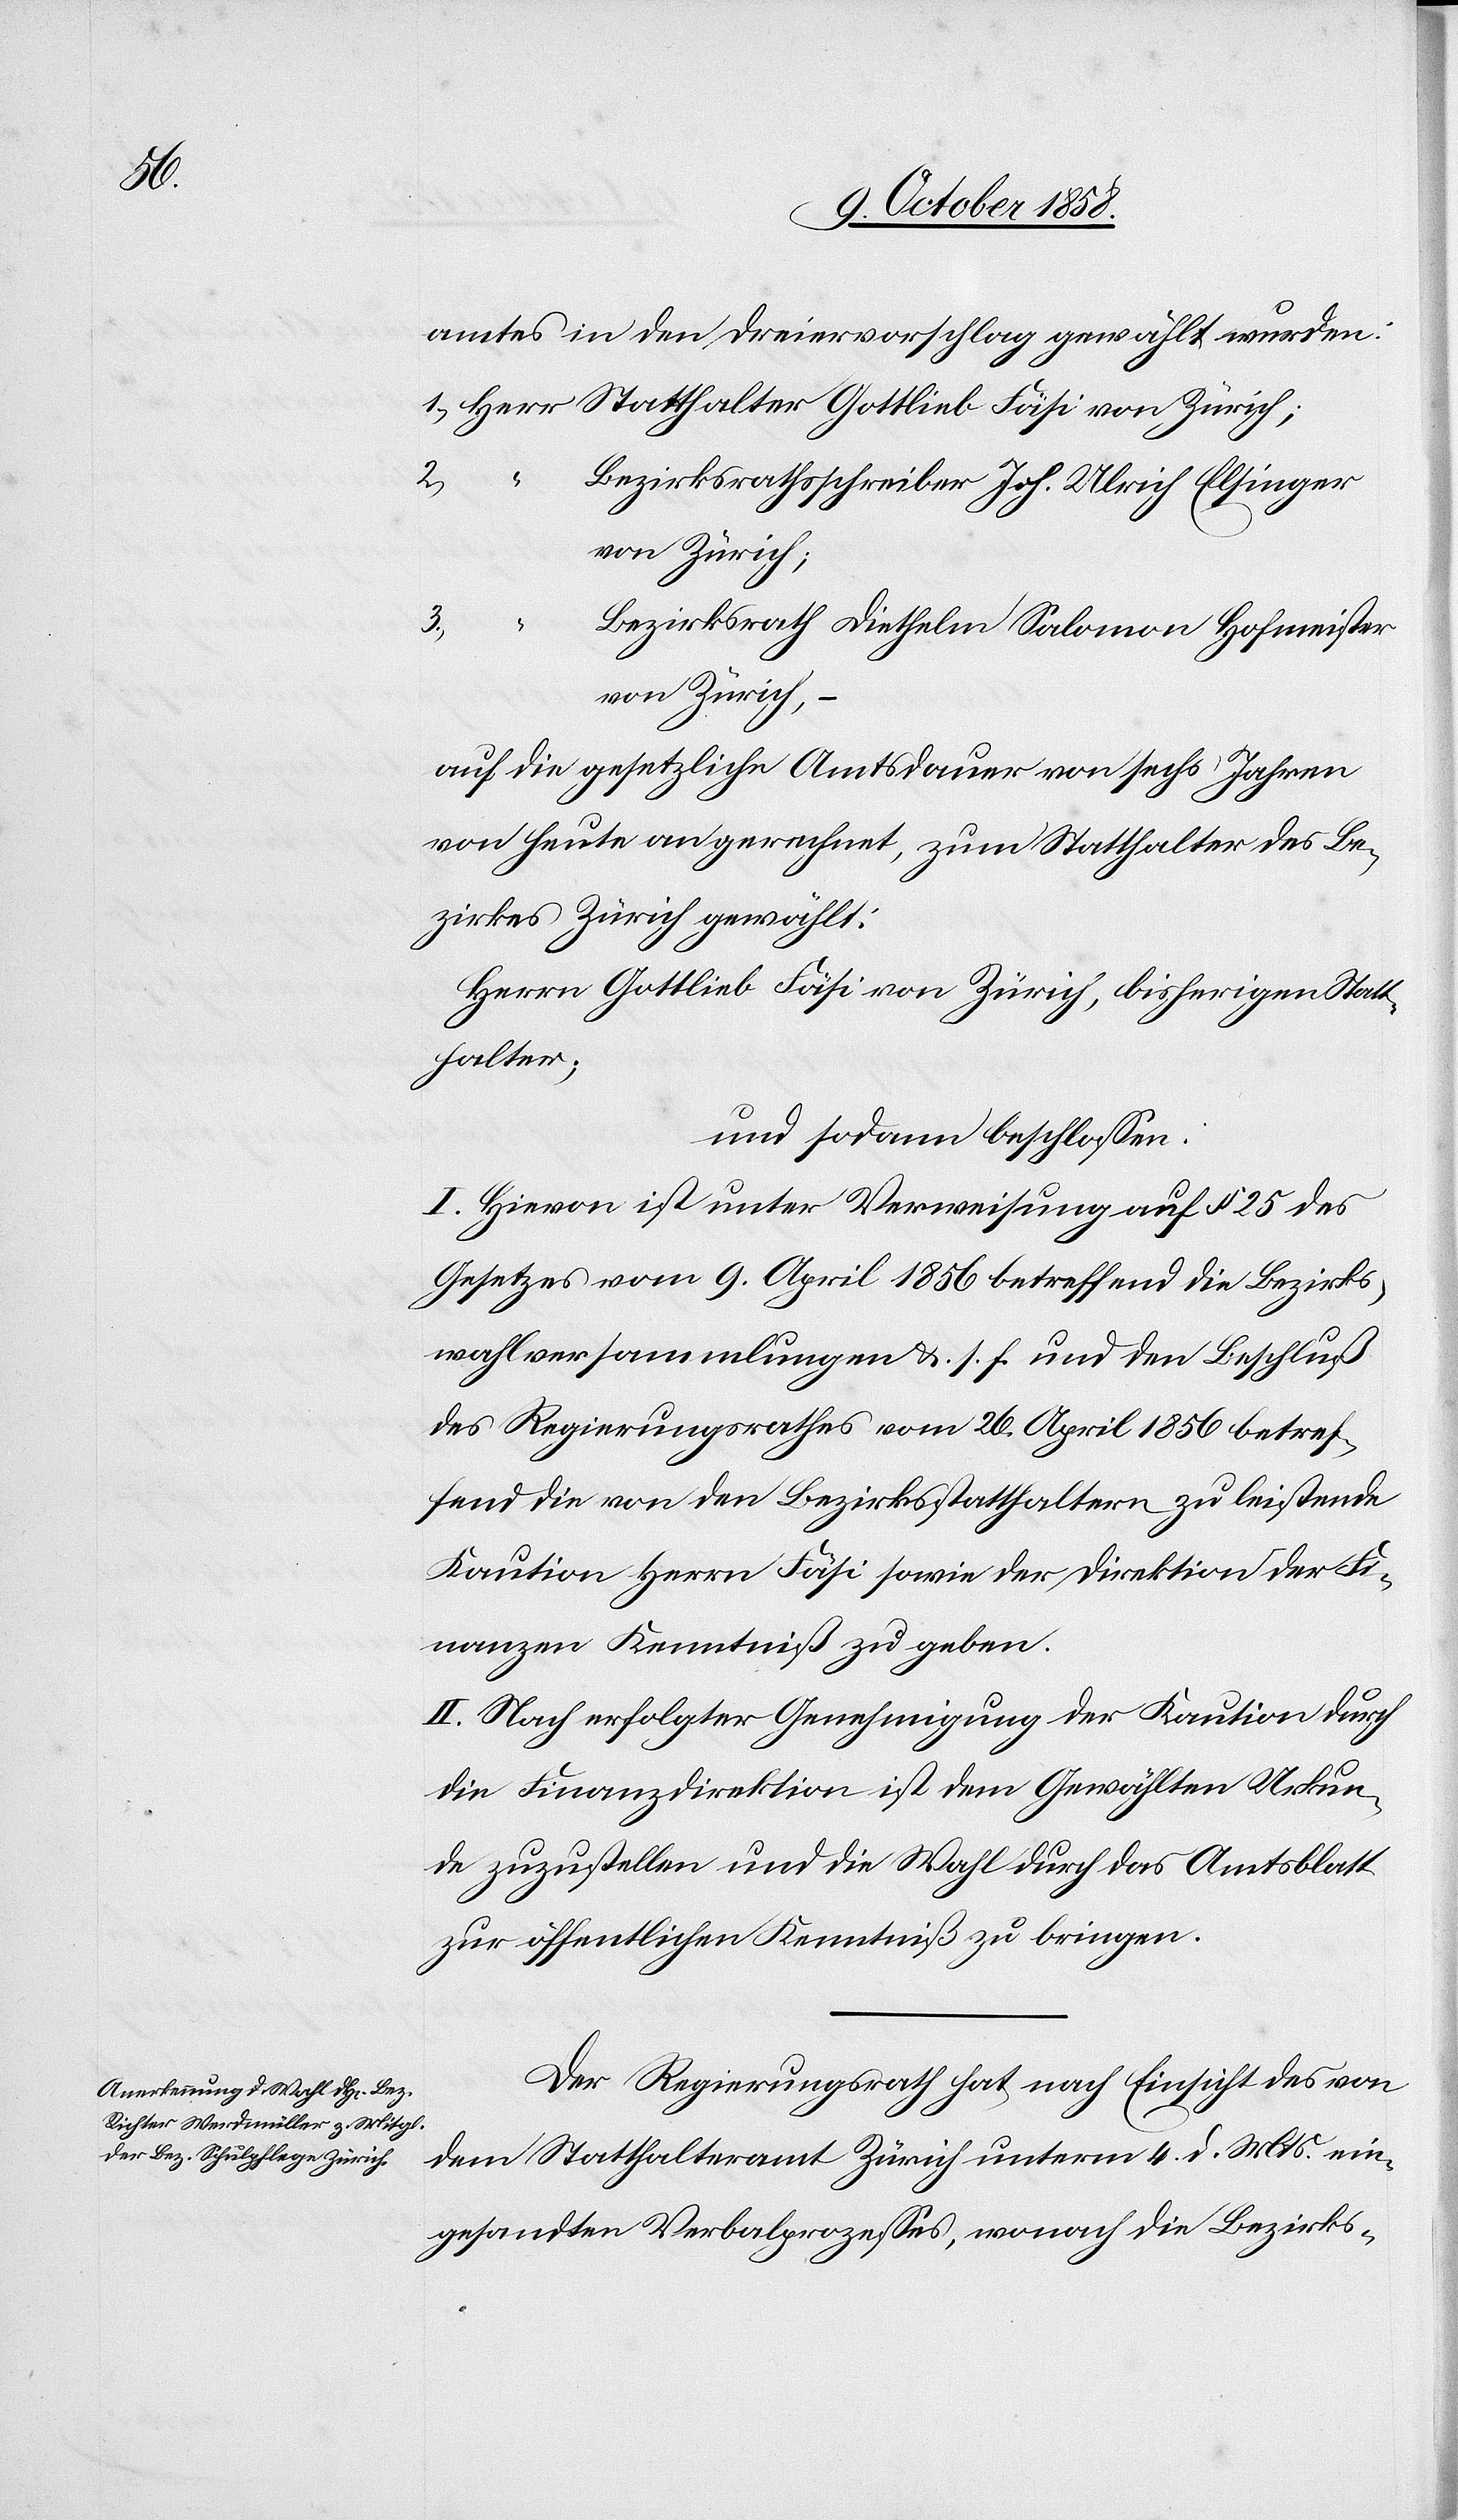
amtes in den Dreiervorschlag gewählt wurden:
1.) Herr Statthalter Gottlieb Fäsi von Zürich;
2.)
Bezirksrathsschreiber Joh. Ulrich Elsinger
von Zürich;
3.)
Bezirksrath Diethelm Salomon Hofmeister
von Zürich,
auf die gesetzliche Amtsdauer von sechs Jahren
von heute an gerechnet, zum Statthalter des Be¬
zirkes Zürich gewählt:
Herrn Gottlieb Fäsi von Zürich, bisherigen Statt¬
halter;
und sodann beschlossen:
I. Hievon ist unter Verweisung auf § 25 des
Gesetzes vom 9. April 1856 betreffend die Bezirks¬
wahlversammlungen &. s. f. und den Beschluß
des Regierungsrathes vom 26. April 1856 betref¬
fend die von den Bezirksstatthaltern zu leistende
Kaution Herrn Fäsi sowie der Direktion der Fi¬
nanzen Kenntniß zu geben.
II. Nach erfolgter Genehmigung der Kaution durch
die Finanzdirektion ist dem Gewählten Urkun¬
de zuzustellen und die Wahl durch das Amtsblatt
zur öffentlichen Kenntniß zu bringen.
Der Regierungsrath hat, nach Einsicht des von
dem Statthalteramt Zürich unterm 4. d. Mts. ein¬
gesandten Verbalprozesses, wonach die Bezirks-